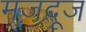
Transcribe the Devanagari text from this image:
मज़दूज